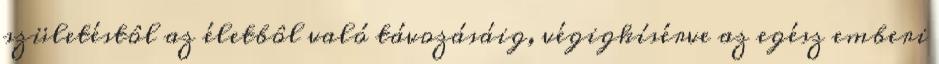
születéstôl az életbôl való távozásáig, végigkísérve az egész emberi